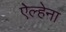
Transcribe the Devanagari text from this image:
ऐल्हेना